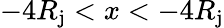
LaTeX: -4R_{\mathrm{j}}<x<-4R_{\mathrm{j}}